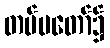
တပ်မတော်၌